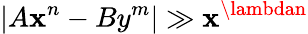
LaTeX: |A\mathbf{x}^{n}-By^{m}|\gg\mathbf{x}^{\lambdan}